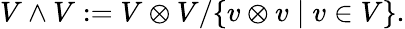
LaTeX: V\wedge V:=V\otimes V/\{ v\otimes v\mid v\in V\} .